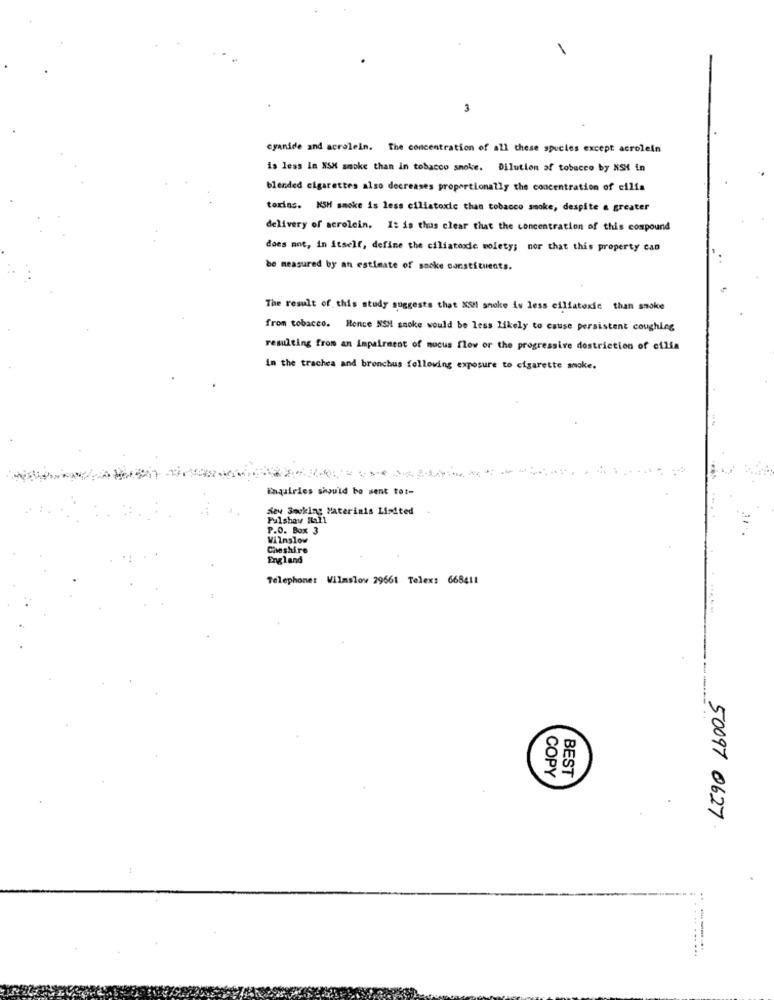
3
cyanide and acrolein. The concentration of all these species except acrolein
is less In NSX smoke than in tobacco smoke. Dilution af tobacco by NSH in
blended cigarettes also decreases proportionally the concentration of cilia
toxins. KSH smoke is less ciliatoxic than tobacco smoke, despite a greater
delivery of acrolein. It is thus clear that the concentration of this compound
does not, in itself, define the ciliatoxic moiety; nor that this property can
be measured by an estimate of sacke constituents.
The result of this study suggests that XSM smoke is less ciliatoxic than smoke
from tobacco. Hence NSM smoke would be less likely to cause persistent coughing
resulting from an impairment of mucus flow or the progressive dostriction of cilia
in the trachea and bronchus following exposure to cigarette smoke.
Enquiries should be sent tot-
deu Smoking Materials Limited
Pulshay Mail
P.O. Box 3
Wilnslow
Cheshire
England
Telephone: Wilmslow 29661 Telex: 668411
BEST
COPY
50097 0627